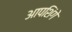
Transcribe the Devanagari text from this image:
आपशिंगे